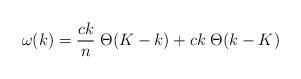
LaTeX: \begin{align*}\omega(k) = {c k\over n} \; \Theta(K-k) + ck \; \Theta(k-K)\end{align*}